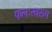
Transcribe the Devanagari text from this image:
फलःस्वरूप